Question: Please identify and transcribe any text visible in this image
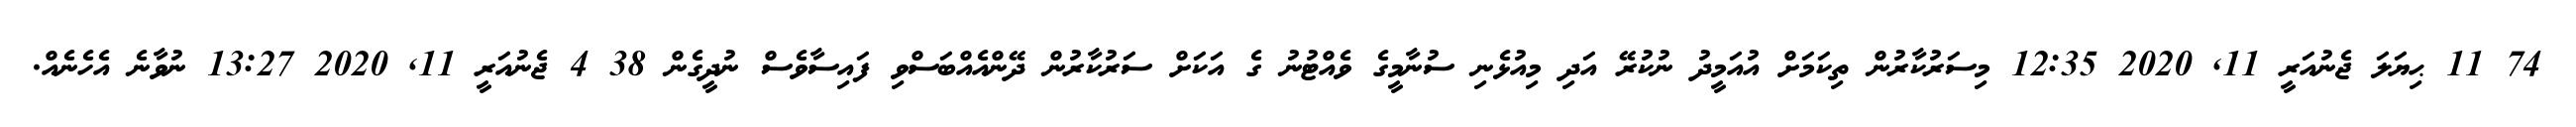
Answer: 74 11 ޙިޔަލަ ޖެނުއަރީ 11, 2020 12:35 މިސަރުކާރުން ތިކަމަށް އުއަމީދު ނުކުރޭ އަދި މިއުޅެނި ސުނާމީގެ ވެއްޓުނު ގެ އަކަށް ސަރުކާރުން ދޭންއެއްބަސްވި ފައިސާވެސް ނުދީގެން 38 4 ޖެނުއަރީ 11, 2020 13:27 ނުވާނެ އެހެނެއް.